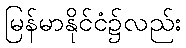
မြန်မာနိုင်ငံ၌လည်း